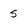
Character: S